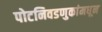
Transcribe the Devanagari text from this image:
पोटनिवडणुकांमधून